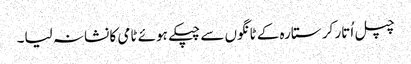
چپل اُتار کر ستارہ کے ٹانگوں سے چپکے ہوئے ٹامی کا نشانہ لیا۔